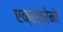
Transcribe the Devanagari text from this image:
एक्स्त्रेमो